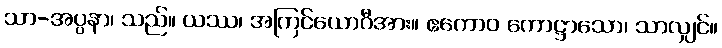
သာ-အပ္ပနာ၊ သည်။ ယဿ၊ အကြင်ယောဂီအား။ ဧကောဝ ကောဋ္ဌာသော၊ သာလျှင်။